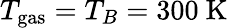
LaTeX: T_{\mathrm{gas}}=T_{B}=300~\mathrm{K}